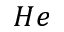
H e